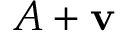
A + \mathbf { v }